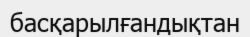
басқарылғандықтан